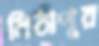
মিঠাপুর